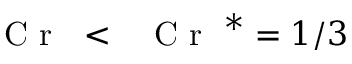
\mathrm { ~ \textit ~ { ~ C ~ r ~ } ~ } { } < \mathrm { ~ \textit ~ { ~ C ~ r ~ } ~ } ^ { * } = 1 / 3